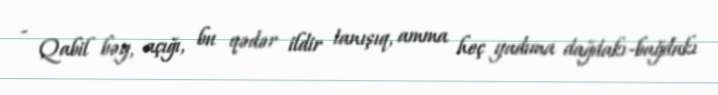
- Qabil bəy, açığı, bu qədər ildir tanışıq, amma heç yadıma dağdakı-bağdakı